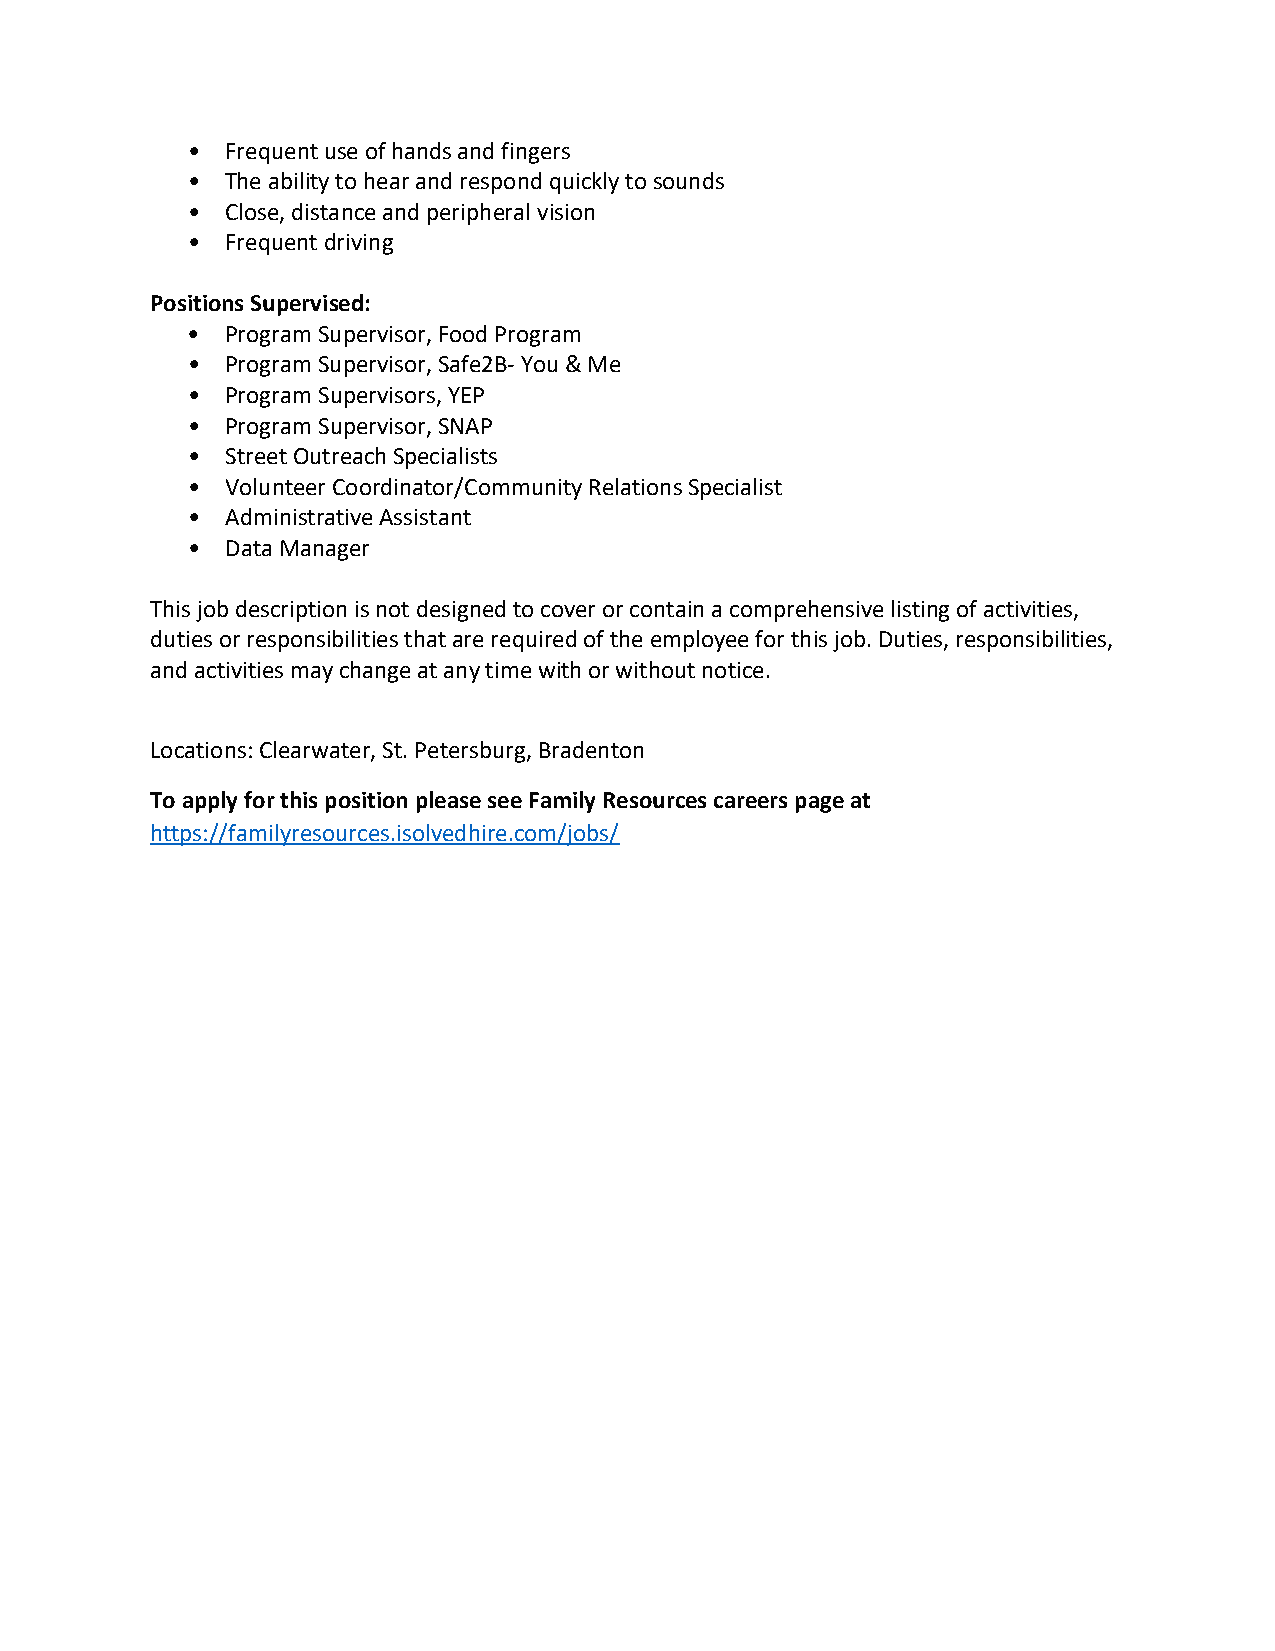
•  Frequent use of hands and fingers
 •  The ability to hear and respond quickly to sounds
 •  Close, distance and peripheral vision
 •  Frequent driving
 Positions Supervised:
 •  Program Supervisor, Food Program
 •  Program Supervisor, Safe2B- You & Me
 •  Program Supervisors, YEP
 •  Program Supervisor, SNAP
 •  Street Outreach Specialists
 •  Volunteer Coordinator/Community Relations Specialist
 •  Administrative Assistant
 •  Data Manager
 This job description is not designed to cover or contain a comprehensive listing of activities,
 duties or responsibilities that are required of the employee for this job. Duties, responsibilities,
 and activities may change at any time with or without notice.
 Locations: Clearwater, St. Petersburg, Bradenton
 To apply for this position please see Family Resources careers page at
 https://familyresources.isolvedhire.com/jobs/